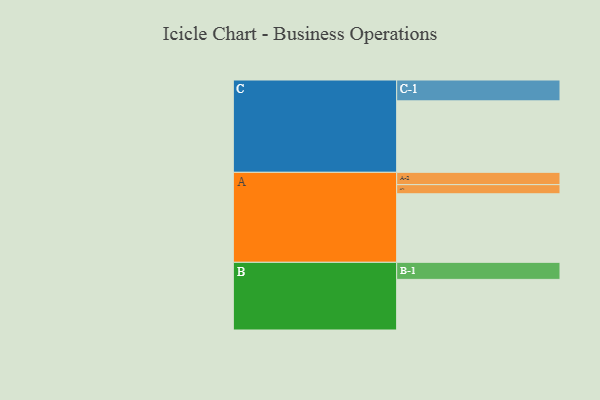
{"axis": {"x": "Segment", "y": "Value"}, "legend": ["", "A", "B", "C"], "data": [{"x": "A", "y": 562, "type": ""}, {"x": "B", "y": 415, "type": ""}, {"x": "C", "y": 586, "type": ""}, {"x": "A-1", "y": 75, "type": "A"}, {"x": "A-2", "y": 101, "type": "A"}, {"x": "B-1", "y": 140, "type": "B"}, {"x": "C-1", "y": 171, "type": "C"}]}